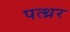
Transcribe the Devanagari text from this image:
पत्थ्रर